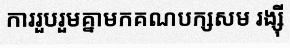
ការរួបរួមគ្នាមកគណបក្សសម រង្ស៊ី